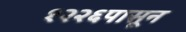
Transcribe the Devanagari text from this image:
१२२६पासून